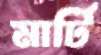
মার্টি